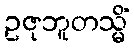
ဥဇုဘူတသ္မိံ